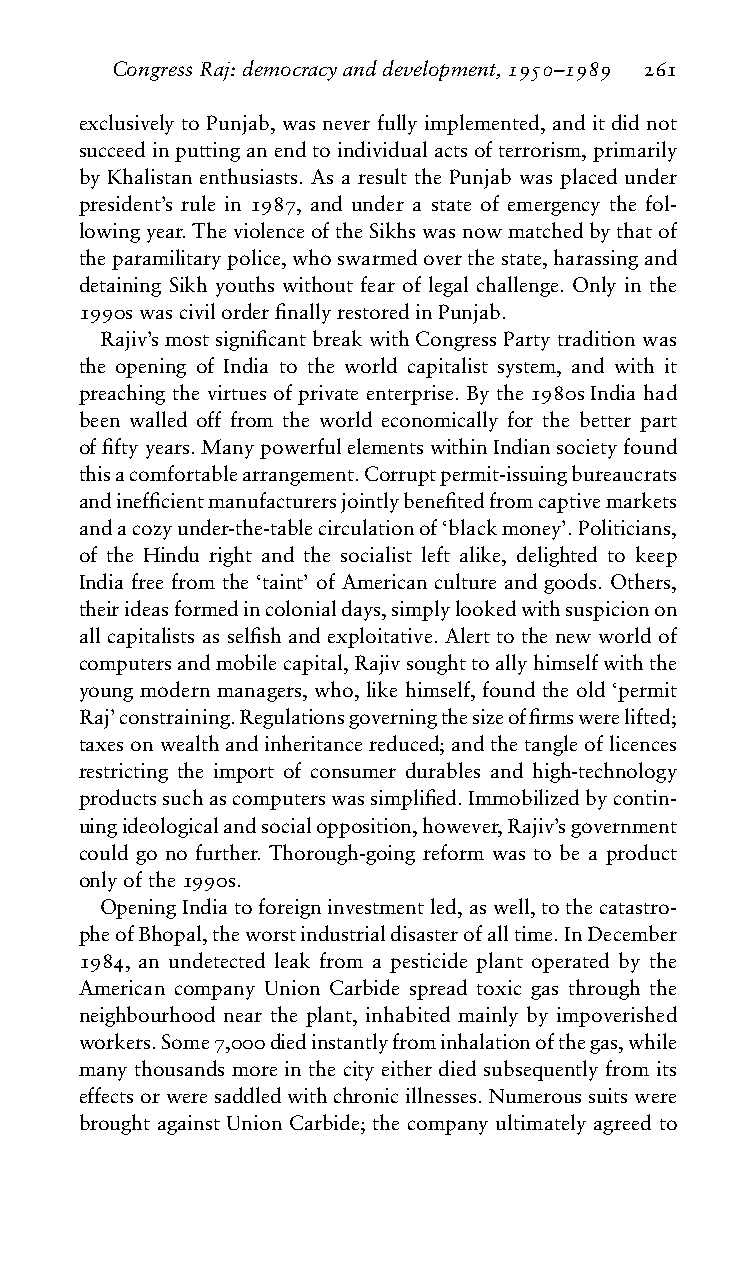
CongressRaj:democracyanddevelopment,1950–1989 261
 exclusively to Punjab, was never fully implemented, and it did not
 succeedinputtinganendtoindividualactsofterrorism,primarily
 by Khalistan enthusiasts. As a result the Punjab was placed under
 president’s rule in 1987, and under a state of emergency the fol-
 lowingyear.TheviolenceoftheSikhswasnowmatchedbythatof
 theparamilitarypolice,whoswarmedoverthestate,harassingand
 detaining Sikh youths without fear of legal challenge. Only in the
 1990swascivilorderfinallyrestoredinPunjab.
 Rajiv’smostsignificantbreakwithCongressPartytraditionwas
 the opening of India to the world capitalist system, and with it
 preaching the virtues of private enterprise. By the 1980s India had
 been walled off from the world economically for the better part
 offiftyyears.ManypowerfulelementswithinIndiansocietyfound
 thisacomfortablearrangement.Corruptpermit-issuingbureaucrats
 andinefficientmanufacturersjointlybenefitedfromcaptivemarkets
 andacozyunder-the-tablecirculationof‘blackmoney’.Politicians,
 of the Hindu right and the socialist left alike, delighted to keep
 India free from the ‘taint’ of American culture and goods. Others,
 theirideasformedincolonialdays,simplylookedwithsuspicionon
 all capitalists as selfish and exploitative. Alert to the new world of
 computersandmobilecapital,Rajivsoughttoallyhimselfwiththe
 young modern managers, who, like himself, found the old ‘permit
 Raj’constraining.Regulationsgoverningthesizeoffirmswerelifted;
 taxesonwealthandinheritancereduced;andthetangleoflicences
 restricting the import of consumer durables and high-technology
 productssuchascomputerswassimplified.Immobilizedbycontin-
 uingideologicalandsocialopposition,however,Rajiv’sgovernment
 could go no further. Thorough-going reform was to be a product
 onlyofthe1990s.
 OpeningIndiatoforeigninvestmentled,aswell,tothecatastro-
 pheofBhopal,theworstindustrialdisasterofalltime.InDecember
 1984, an undetected leak from a pesticide plant operated by the
 American company Union Carbide spread toxic gas through the
 neighbourhood near the plant, inhabited mainly by impoverished
 workers.Some7,000diedinstantlyfrominhalationofthegas,while
 many thousands more in the city either died subsequently from its
 effectsorweresaddledwithchronicillnesses.Numeroussuitswere
 brought against Union Carbide; the company ultimately agreed to